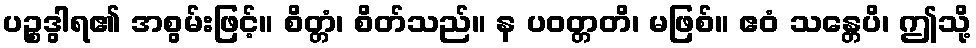
ပဉ္စဒွါရ၏ အစွမ်းဖြင့်။ စိတ္တံ၊ စိတ်သည်။ န ပဝတ္တတိ၊ မဖြစ်။ ဧဝံ သန္တေပိ၊ ဤသို့